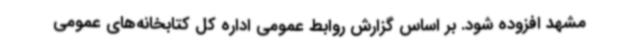
مشهد افزوده شود. بر اساس گزارش روابط عمومی اداره کل کتابخانه‌های عمومی